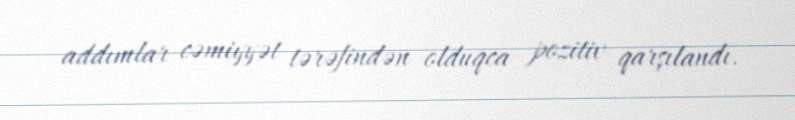
addımlar cəmiyyət tərəfindən olduqca pozitiv qarşılandı.